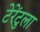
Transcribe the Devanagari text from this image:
टेरेंटुला